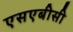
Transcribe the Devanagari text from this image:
एसएबीसी